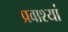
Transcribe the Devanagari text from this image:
प्रवाश्यां